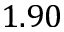
1 . 9 0